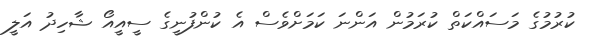
ކުރުމުގެ މަސައްކަތް ކުރަމުން އަންނަ ކަމަށްވެސް އެ ކުންފުނީގެ ސީއީއޯ ޝާހިދު އަލީ